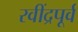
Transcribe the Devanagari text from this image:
रवींद्रपूर्व